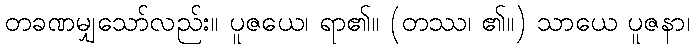
တခဏမျှသော်လည်း။ ပူဇယေ၊ ရာ၏။ (တဿ၊ ၏။) သာယေ ပူဇနာ၊